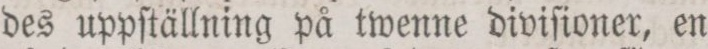
des uppſtällning på twenne diviſioner, en